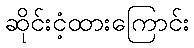
ဆိုင်းငံ့ထားကြောင်း